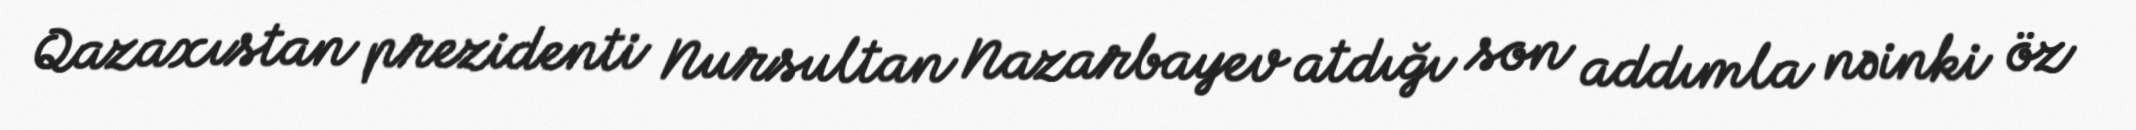
Qazaxıstan prezidenti Nursultan Nazarbayev atdığı son addımla nəinki öz